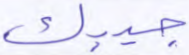
جيبك